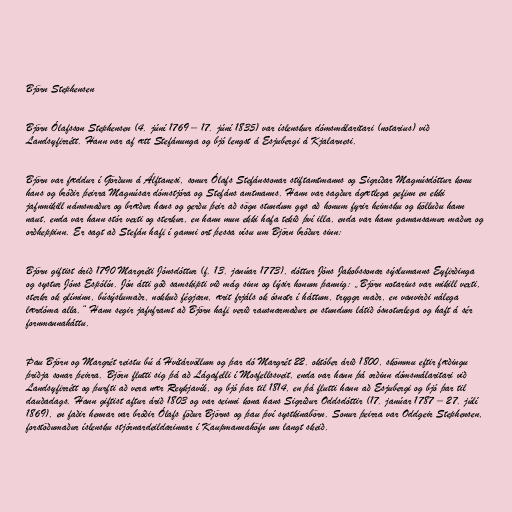
Björn Stephensen

Björn Ólafsson Stephensen (4. júní 1769 – 17. júní 1835) var íslenskur dómsmálaritari (notarius) við
Landsyfirrétt. Hann var af ætt Stefánunga og bjó lengst á Esjubergi á Kjalarnesi.

Björn var fæddur í Görðum á Álftanesi, sonur Ólafs Stefánssonar stiftamtmanns og Sigríðar Magnúsdóttur konu
hans og bróðir þeirra Magnúsar dómstjóra og Stefáns amtmanns. Hann var sagður ágætlega gefinn en ekki
jafnmikill námsmaður og bræður hans og gerðu þeir að sögn stundum gys að honum fyrir heimsku og kölluðu hann
naut, enda var hann stór vexti og sterkur, en hann mun ekki hafa tekið því illa, enda var hann gamansamur maður og
orðheppinn. Er sagt að Stefán hafi í gamni ort þessa vísu um Björn bróður sinn:

Björn giftist árið 1790 Margréti Jónsdóttur (f. 13. janúar 1773), dóttur Jóns Jakobssonar sýslumanns Eyfirðinga
og systur Jóns Espólín. Jón átti góð samskipti við mág sinn og lýsir honum þannig: „Björn notarius var mikill vexti,
sterkr ok glíminn, búsýslumaðr, nokkuð fégjarn, ærit frjáls ok ósnotr í háttum, tryggr maðr, en vanvirði nálega
lærdóma alla.“ Hann segir jafnframt að Björn hafi verið rausnarmaður en stundum látið ósnoturlega og haft á sér
fornmannaháttu.

Þau Björn og Margrét reistu bú á Hvítárvöllum og þar dó Margrét 22. október árið 1800, skömmu eftir fæðingu
þriðja sonar þeirra. Björn flutti sig þá að Lágafelli í Mosfellssveit, enda var hann þá orðinn dómsmálaritari við
Landsyfirrétt og þurfti að vera nær Reykjavík, og bjó þar til 1814, en þá flutti hann að Esjubergi og bjó þar til
dauðadags. Hann giftist aftur árið 1803 og var seinni kona hans Sigríður Oddsdóttir (17. janúar 1787 – 27. júlí
1869), en faðir hennar var bróðir Ólafs föður Björns og þau því systkinabörn. Sonur þeirra var Oddgeir Stephensen,
forstöðumaður íslensku stjórnardeildarinnar í Kaupmannahöfn um langt skeið.